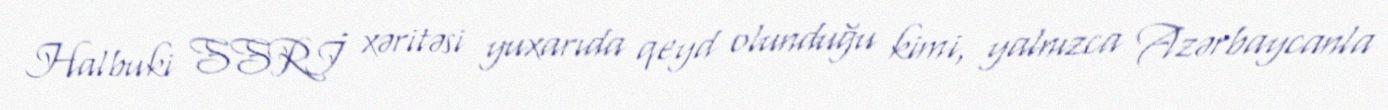
Halbuki SSRİ xəritəsi yuxarıda qeyd olunduğu kimi, yalnızca Azərbaycanla